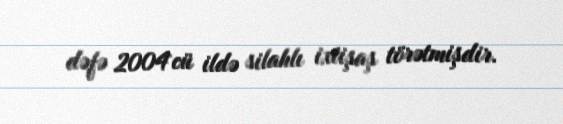
dəfə 2004`cü ildə silahlı ixtişaş törətmişdir.